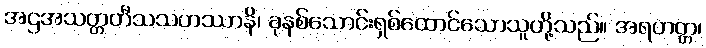
အဌအသတ္တတီသသဟဿာနိ၊ ခုနစ်သောင်းရှစ်ထောင်သောသူတို့သည်။ အရဟတ္တ၊